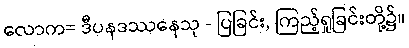
လောက= ဒီပနဒဿနေသု - ပြခြင်း, ကြည့်ရှုခြင်းတို့၌။